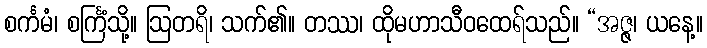
စင်္ကမံ၊ စင်္ကြံသို့။ ဩတရိ၊ သက်၏။ တဿ၊ ထိုမဟာသီဝထေရ်သည်။ “အဇ္ဇ၊ ယနေ့။